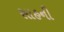
સાહની